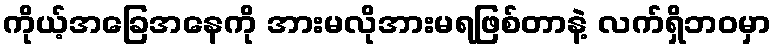
ကိုယ့်အခြေအနေကို အားမလိုအားမရဖြစ်တာနဲ့ လက်ရှိဘဝမှာ